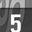
Digit: 5